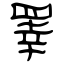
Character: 睪